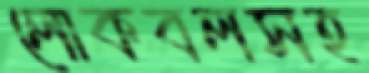
লোকবলসহ